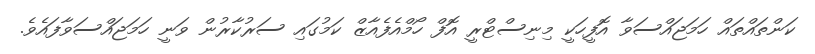
ކަންތައްތައް ހަމަޖައްސަވާ އޮފީހަކީ މިނިސްޓްރީ އޮފް ހޯމްއެފެއާޒް ކަމުގައި ސަރުކާރުން ވަނީ ހަމަޖައްސަވާފައެވެ.